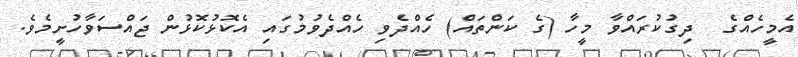
އެމީހެއްގެ  ދިގުކުރައްވާ މީހާ (ގެ ކަންތައް) ހެއްދެވި ހެއްދެވުމުގައި އެކޮޅުކޮޅުން ޖައްސަވާހުށީމެވެ.